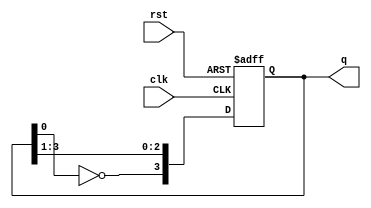
module johnson_counter (
    input wire clk,       // Clock input
    input wire rst,       // Active high reset
    output reg [3:0] q    // 4-bit output
);
    
    // Always block triggered on the rising edge of the clock or the reset condition
    always @(posedge clk or posedge rst) begin
        if (rst) begin
            // Reset the counter to all zeros
            q <= 4'b0000;
        end else begin
            // Johnson counter logic
            q[3] <= ~q[0];   // Inverted output of the last FF to first
            q[2] <= q[3];    // Shift right
            q[1] <= q[2];    // Shift right
            q[0] <= q[1];    // Shift right
        end
    end

endmodule